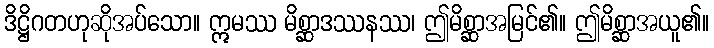
ဒိဋ္ဌိဂတဟုဆိုအပ်သော။ ဣမဿ မိစ္ဆာဒဿနဿ၊ ဤမိစ္ဆာအမြင်၏။ ဤမိစ္ဆာအယူ၏။